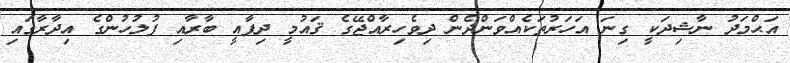
އަޙްމަދު ނާޝިދަކީ ގިނަ އަހަރުތަކެއްވަންދެން ދިވެހިރާއްޖޭގެ ޤައުމީ ދިފާއީ ބާރާއި ފުލުހުންގެ އިދާރާގައި